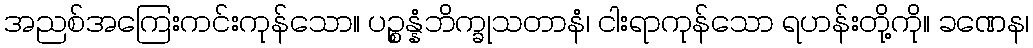
အညစ်အကြေးကင်းကုန်သော။ ပဉ္စန္နံဘိက္ခုသတာနံ၊ ငါးရာကုန်သော ရဟန်းတို့ကို။ ခဏေန၊